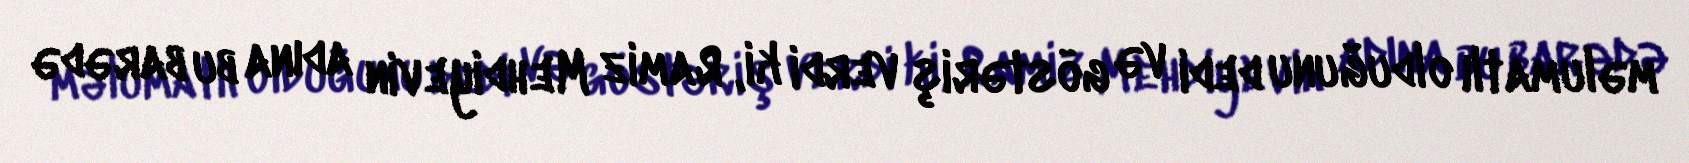
məlumatlı olduğunu dedi və göstəriş verdi ki, Ramiz Mehdiyevin adına bu barədə